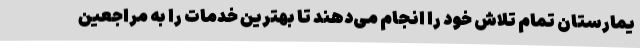
یمارستان تمام تلاش خود را انجام می‌دهند تا بهترین خدمات را به مراجعین